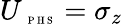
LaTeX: U_{\mathrm{~\tiny~P~H~S~}}=\sigma_{z}